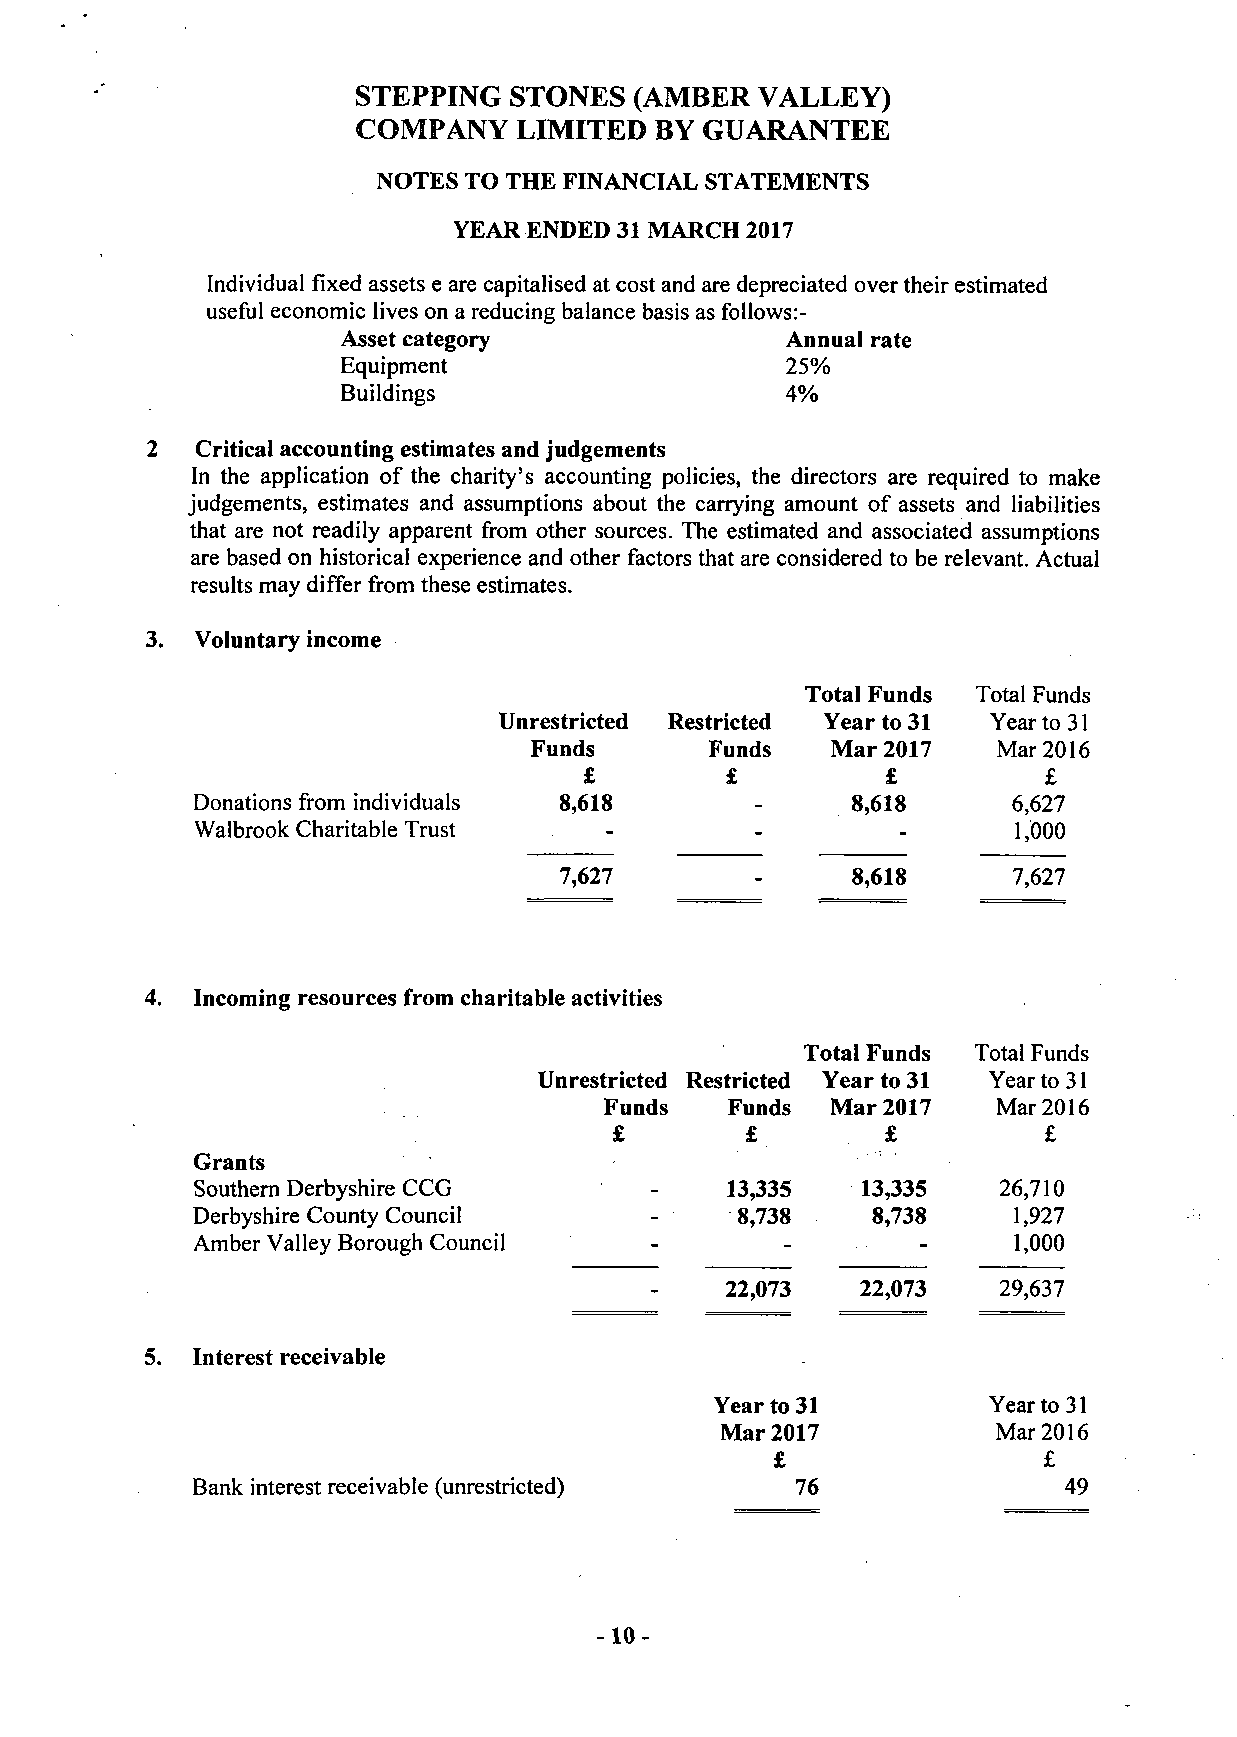
STEPPING  STONES  (AMBER  VALLEY)
 COMPANY   LIMITED  BY GUARANTEE
 NOTES TO THE FINANCIAL STATEMENTS
 YEAR ENDED 31 MARCH 2017
 Individual fixed assets e are capitalised at cost and are depreciated over their estimated
 useful economic lives on a reducing balance basis as follows:-
 Asset category               Annual rate
 Equipment                    25%
 Buildings                    4%
 Critical accounting estimates and judgements
 In the application of the charity's accounting policies, the directors are required to make
 judgements, estimates and assumptions about the carrying amount of assets and liabilities
 that are not readily apparent from other sources. The estimated and associated assumptions
 are based on historical experience and other factors that are considered to be relevant. Actual
 results may differ from these estimates.
 Voluntary income
 Total Funds Total Funds
 Unrestricted Restricted Year to 31 Year to 31
 Funds       Funds   Mar 2017   Mar 2016
 £        £          £         £
 Donations from individuals 8,618     -      8,618     6,627
 Walbrook Charitable Trust  -         -         -      1,000
 7,627        -     8,618      7,627
 Incoming resources from charitable activities
 Total Funds Total Funds
 Unrestricted Restricted Year to 31 Year to 31
 Funds   Funds  Mar 2017   Mar 2016
 £       £         £         £
 Grants
 Southern Derbyshire CCG       -    13,335   13,335    26,710
 Derbyshire County Council     -     8,738    8,738     1,927
 Amber Valley Borough Council  -        _        _     1,000
 22,073   22,073   29,637
 Interest receivable
 Year to 31         Year to 31
 Mar 2017          Mar 2016
 £                 £
 Bank interest receivable (unrestricted) 76                49
 -10-